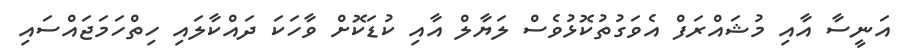
އަނީސާ އާއި މުޝައްރަފް އެވަގުތުކޮޅުވެސް ލަޔާލް އާއި ކުޑަކޮށް ވާހަކަ ދައްކާލައި ހިތްހަމަޖައްސައި